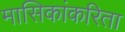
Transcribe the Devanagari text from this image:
मासिकांकरिता